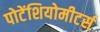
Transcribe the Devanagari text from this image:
पोटेंशियोमीटर्स